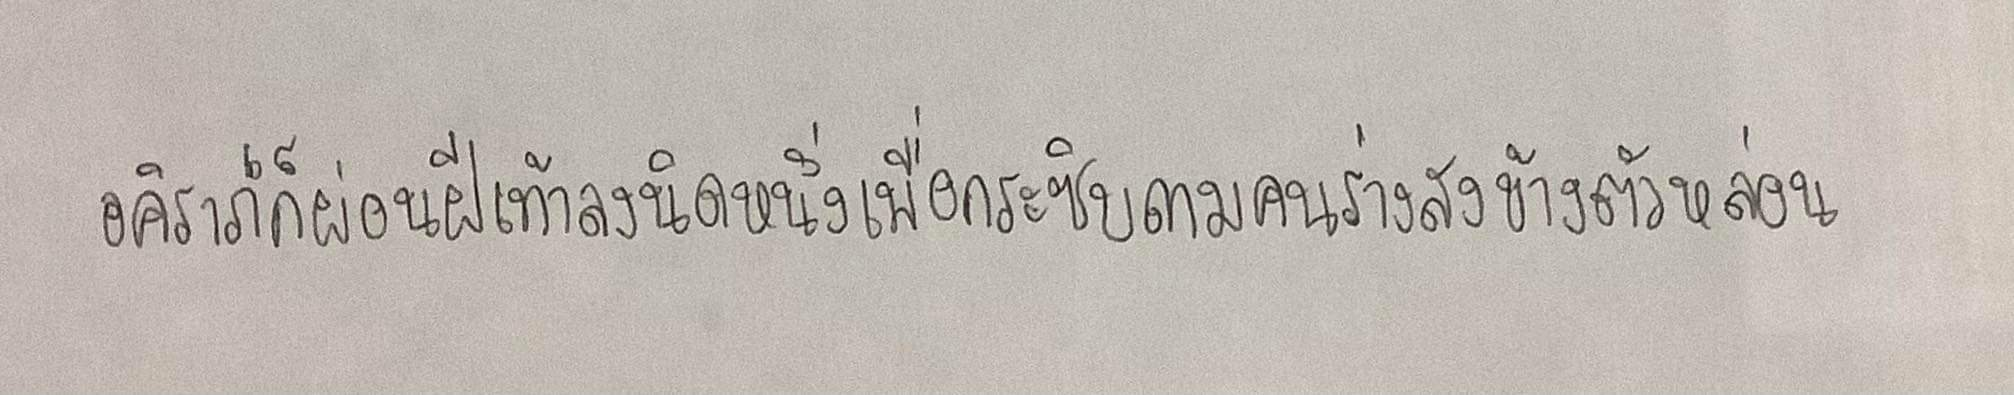
อคิราภ์ก็ผ่อนฝีเท้าลงนิดหนึ่งเพื่อกระซิบถามคนร่างสูงข้างตัวหล่อน